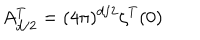
A _ { d / 2 } ^ { T } = ( 4 \pi ) ^ { d / 2 } \zeta ^ { T } ( 0 )